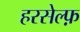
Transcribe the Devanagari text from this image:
हरसेल्फ़